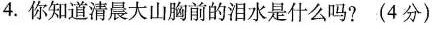
4.你知道清晨大山胸前的泪水是什么吗?(4分)